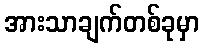
အားသာချက်တစ်ခုမှာ